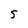
Character: 5